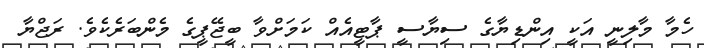
ހެމާ މާލިނީ އަކީ އިންޑިޔާގެ ސިޔާސީ ޕާޓީއެއް ކަަމަށްވާ ބީޖޭޕީގެ މެންބަރެކެވެ. ރަޖްޔާ